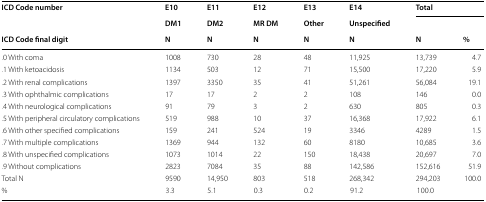
<table><thead><tr><td><b>ICD Code number</b></td><td><b>E10</b></td><td><b>E11</b></td><td><b>E12</b></td><td><b>E13</b></td><td><b>E14</b></td><td colspan="2"><b>Total</b></td></tr><tr><td></td><td><b>DM1</b></td><td><b>DM2</b></td><td><b>MR DM</b></td><td><b>Other</b></td><td><b>Unspecified</b></td><td></td><td></td></tr><tr><td><b>ICD Code final digit</b></td><td><b>N</b></td><td><b>N</b></td><td><b>N</b></td><td><b>N</b></td><td><b>N</b></td><td><b>N</b></td><td><b>%</b></td></tr></thead><tbody><tr><td>.0 With coma</td><td>1008</td><td>730</td><td>28</td><td>48</td><td>11,925</td><td>13,739</td><td>4.7</td></tr><tr><td>.1 With ketoacidosis</td><td>1134</td><td>503</td><td>12</td><td>71</td><td>15,500</td><td>17,220</td><td>5.9</td></tr><tr><td>.2 With renal complications</td><td>1397</td><td>3350</td><td>35</td><td>41</td><td>51,261</td><td>56,084</td><td>19.1</td></tr><tr><td>.3 With ophthalmic complications</td><td>17</td><td>17</td><td>2</td><td>2</td><td>108</td><td>146</td><td>0.0</td></tr><tr><td>.4 With neurological complications</td><td>91</td><td>79</td><td>3</td><td>2</td><td>630</td><td>805</td><td>0.3</td></tr><tr><td>.5 With peripheral circulatory complications</td><td>519</td><td>988</td><td>10</td><td>37</td><td>16,368</td><td>17,922</td><td>6.1</td></tr><tr><td>.6 With other specified complications</td><td>159</td><td>241</td><td>524</td><td>19</td><td>3346</td><td>4289</td><td>1.5</td></tr><tr><td>.7 With multiple complications</td><td>1369</td><td>944</td><td>132</td><td>60</td><td>8180</td><td>10,685</td><td>3.6</td></tr><tr><td>.8 With unspecified complications</td><td>1073</td><td>1014</td><td>22</td><td>150</td><td>18,438</td><td>20,697</td><td>7.0</td></tr><tr><td>.9 Without complications</td><td>2823</td><td>7084</td><td>35</td><td>88</td><td>142,586</td><td>152,616</td><td>51.9</td></tr><tr><td>Total N</td><td>9590</td><td>14,950</td><td>803</td><td>518</td><td>268,342</td><td>294,203</td><td>100.0</td></tr><tr><td>%</td><td>3.3</td><td>5.1</td><td>0.3</td><td>0.2</td><td>91.2</td><td>100.0</td><td></td></tr></tbody></table>